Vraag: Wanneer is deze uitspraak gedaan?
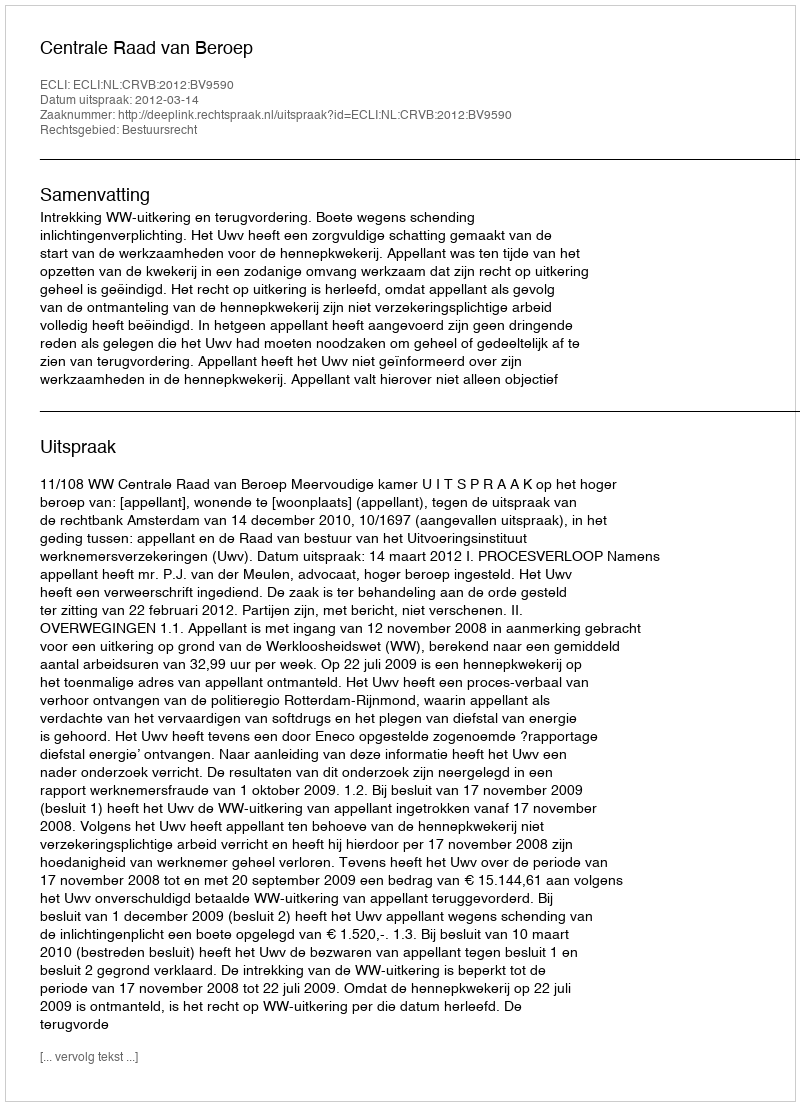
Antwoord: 2012-03-14